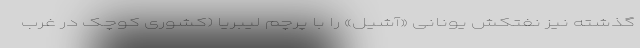
گذشته نیز نفتکش یونانی «آشیل» را با پرچم لیبریا (کشوری کوچک در غرب